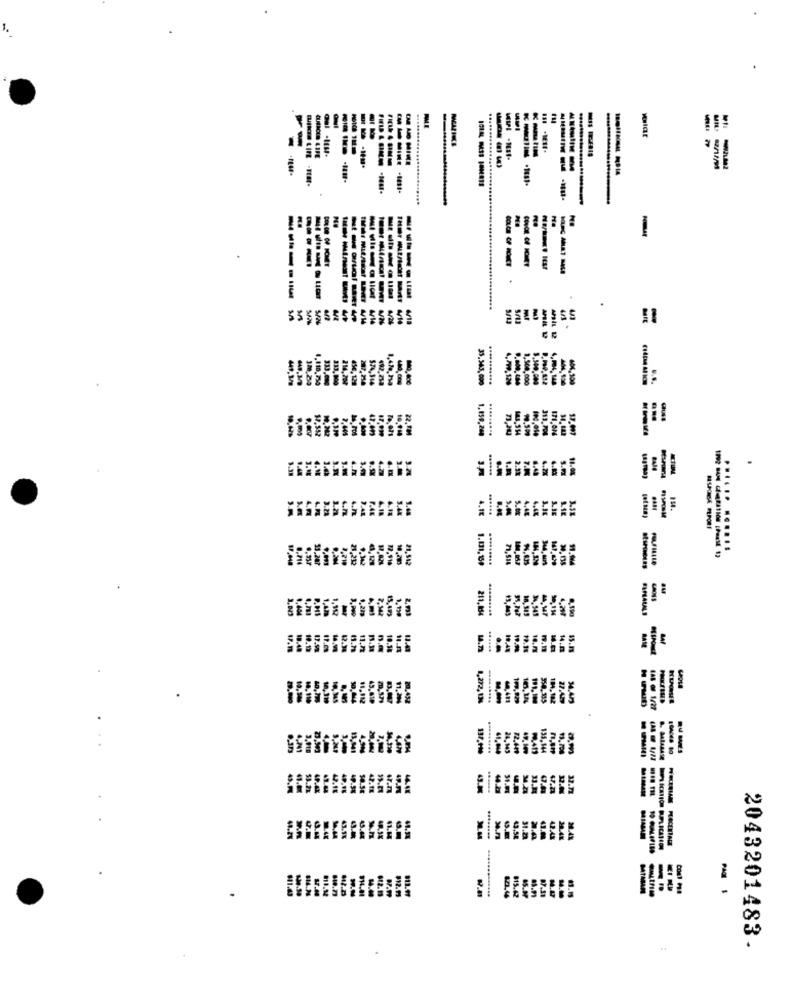
OUICES LIFE
DE AO MINE
--- ---
-------
----
---- 1
.
SA
M
SES!
------
VN
4/1
32.250
4,799,129
ERE
5.8.
333,000
214,790
456,129
492,758
1,504,000
4.04.148
.
Maros
22.
1.159.248
313. 704
$2.552
11. LA2
4.20
.....
6.2X
11.64
2.34
7.46
4.18
5.48
4.AL
LIE
154.
S.JE
...... ......
.714
13.287
HE
21,512
1.131,69
.........
71,514
1.42
1.912
2.542
211.154
...
$3.445
1.920
541
90.114
12.
E
10.58
11.412
45.810
11.29
20,432
1,272, UN
40, 413
184.182
350.335
27.429
137.110
.........
24.143
72.449
135,144
44.48
44.2
47.23
----
........
43.54
31.23
42.4X
815.42
MATARAM
-
2043201483.